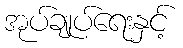
အုပ်ချုပ်ရေးနှင့်